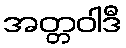
အတ္တဝါဒီ